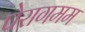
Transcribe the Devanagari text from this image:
पेरागमम